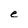
Character: e